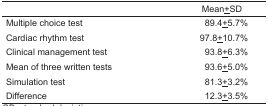
<table><thead><tr><td></td><td><b>Mean±SD</b></td></tr></thead><tbody><tr><td>Multiple choice test</td><td>89.4±5.7%</td></tr><tr><td>Cardiac rhythm test</td><td>97.8±10.7%</td></tr><tr><td>Clinical management test</td><td>93.8±6.3%</td></tr><tr><td>Mean of three written tests</td><td>93.6±5.0%</td></tr><tr><td>Simulation test</td><td>81.3±3.2%</td></tr><tr><td>Difference</td><td>12.3±3.5%</td></tr></tbody></table>